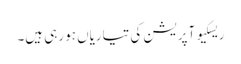
ریسکیو آپریشن کی تیاریاں ہو رہی ہیں۔